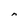
Character: n